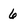
Character: 6